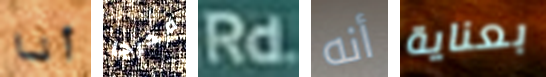
أنا مخرجا Rd أنه بعناية